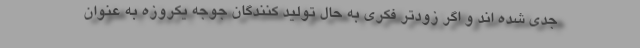
جدی شده اند و اگر زودتر فکری به حال تولید کنندگان جوجه یکروزه به عنوان